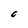
Character: 0